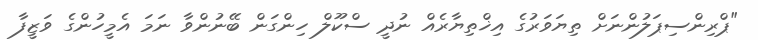
"ޕްރިންސިޕަލުންނަށް ތިޔަވަރުގެ އިޚްތިޔާރެއް ނުދީ ސްކޫލް ހިންގަން ބޭނުންވާ ނަމަ އެމީހުންގެ ވަޒީފާ